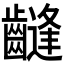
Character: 𱌤